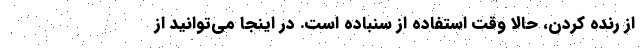
از رنده کردن، حالا وقت استفاده از سنباده است. در اینجا می‌توانید از